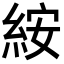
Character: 𥿽